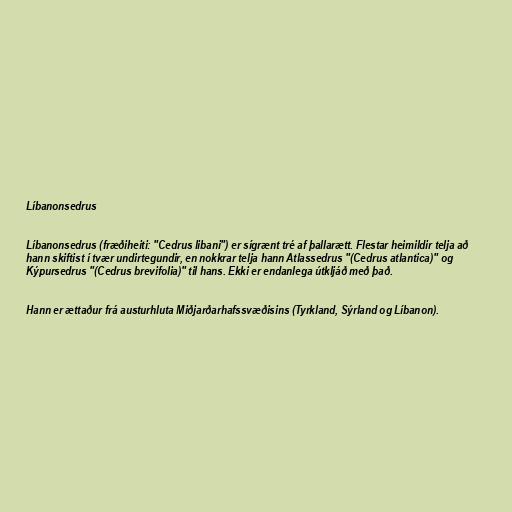
Líbanonsedrus

Líbanonsedrus (fræðiheiti: "Cedrus libani") er sígrænt tré af þallarætt. Flestar heimildir telja að
hann skiftist í tvær undirtegundir, en nokkrar telja hann Atlassedrus "(Cedrus atlantica)" og
Kýpursedrus "(Cedrus brevifolia)" til hans. Ekki er endanlega útkljáð með það.

Hann er ættaður frá austurhluta Miðjarðarhafssvæðisins (Tyrkland, Sýrland og Líbanon).